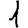
Digit: 1